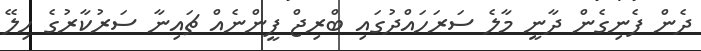
ދެން ފެނިގެން ދާނީ މާލެ ސަރަހައްދުގައި ބްރިޖް ފީންނެއް ޗައިނާ ސަރުކާރުގެ ހިލޭ